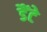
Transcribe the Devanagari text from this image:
डैंटे